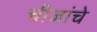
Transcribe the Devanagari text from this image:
चीजांचे